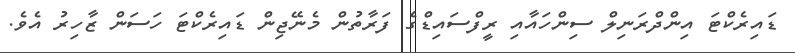
ޑައިރެކްޓަ އިންދްރަނިލް ސިންހައާއި ރީފްސައިޑްގެ ފަރާތުން މެނޭޖިން ޑައިރެކްޓަ ހަސަން ޒާހިރު އެވެ.